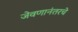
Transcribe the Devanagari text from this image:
जेवणानंतरचे